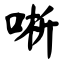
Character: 唽